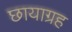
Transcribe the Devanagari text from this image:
छायाग्रह